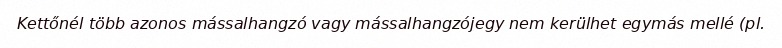
Kettőnél több azonos mássalhangzó vagy mássalhangzójegy nem kerülhet egymás mellé (pl.